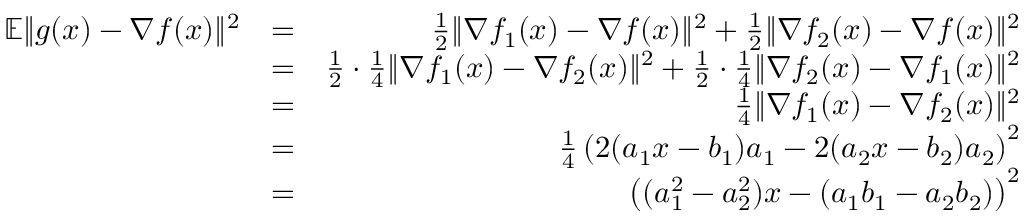
\begin{array} { r l r } { \mathbb { E } \| g ( x ) - \nabla f ( x ) \| ^ { 2 } } & { = } & { \frac { 1 } { 2 } \| \nabla f _ { 1 } ( x ) - \nabla f ( x ) \| ^ { 2 } + \frac { 1 } { 2 } \| \nabla f _ { 2 } ( x ) - \nabla f ( x ) \| ^ { 2 } } \\ & { = } & { \frac { 1 } { 2 } \cdot \frac { 1 } { 4 } \| \nabla f _ { 1 } ( x ) - \nabla f _ { 2 } ( x ) \| ^ { 2 } + \frac { 1 } { 2 } \cdot \frac { 1 } { 4 } \| \nabla f _ { 2 } ( x ) - \nabla f _ { 1 } ( x ) \| ^ { 2 } } \\ & { = } & { \frac { 1 } { 4 } \| \nabla f _ { 1 } ( x ) - \nabla f _ { 2 } ( x ) \| ^ { 2 } } \\ & { = } & { \frac { 1 } { 4 } \left( 2 ( a _ { 1 } x - b _ { 1 } ) a _ { 1 } - 2 ( a _ { 2 } x - b _ { 2 } ) a _ { 2 } \right) ^ { 2 } } \\ & { = } & { \left( ( a _ { 1 } ^ { 2 } - a _ { 2 } ^ { 2 } ) x - ( a _ { 1 } b _ { 1 } - a _ { 2 } b _ { 2 } ) \right) ^ { 2 } } \end{array}